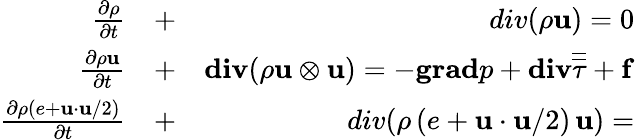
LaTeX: \begin{array}{rlr}{\frac{\partial\rho}{\partial t}}&{{}+}&{div(\rho\mathbf{u})=0}\\ {\frac{\partial\rho\mathbf{u}}{\partial t}}&{{}+}&{\mathbf{div}(\rho\mathbf{u}\otimes\mathbf{u})=-\mathbf{grad}p+\mathbf{div}\overline{{\overline{{\tau}}}}+\mathbf{f}}\\ {\frac{\partial\rho(e+\mathbf{u}\cdot\mathbf{u}/2)}{\partial t}}&{{}+}&{div(\rho\, (e+\mathbf{u}\cdot\mathbf{u}/2)\, \mathbf{u})=}\end{array}